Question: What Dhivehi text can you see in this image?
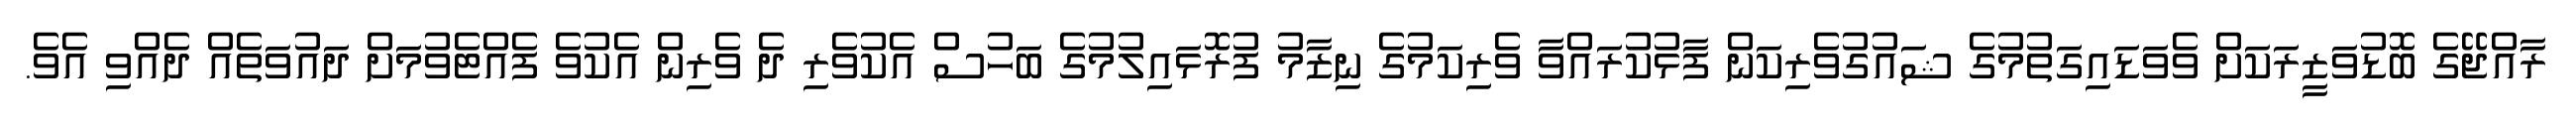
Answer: ރާއްޖޭގެ ބޮޑުވަޒީރަކަށް ވެވަޑައިގަތުމުގެ ޝައުގުވެރިކަން ފާޅުކުރައްވާ ވެރިކަމުގެ ނިޒާމު ފުރޮޅައިލުމުގެ ބަހުސް އެކުވެރި ދެ ވެރިން އެކުވެ ފެއްޓެވުމަށް ދައުވަތެއް ދެއްވި އެވެ.